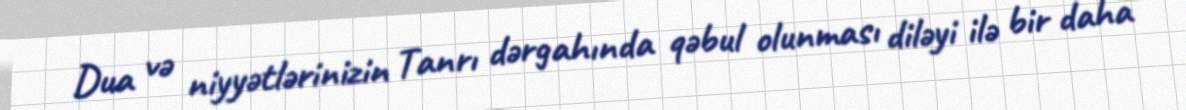
Dua və niyyətlərinizin Tanrı dərgahında qəbul olunması diləyi ilə bir daha